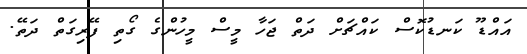
އައްޑޫ ކަނޑުކޮސް ކައްޗަށް ދަތް ޖަހާ މީސް މީހުންގެ ގޯތި ފޭރިގަތް ދަތޭ.